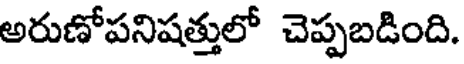
అరుణోపనిషత్తులో చెప్పబడింది.